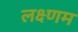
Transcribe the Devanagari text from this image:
लक्ष्णम